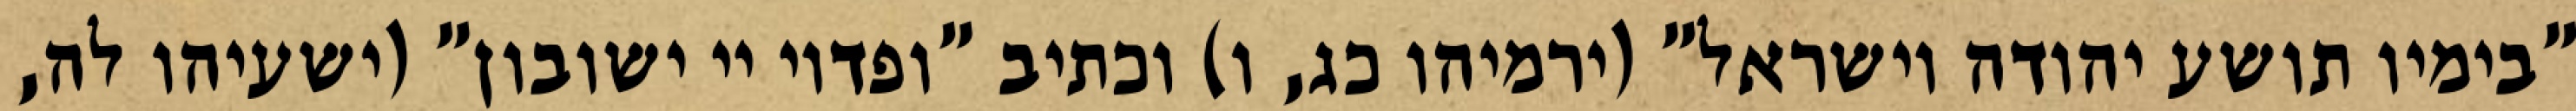
"בימיו תושע יהודה וישראל" (ירמיהו כג, ו) וכתיב "ופדוי יי ישובון" (ישעיהו לה,